Vaccination report Assam 1896-1927 - 1896-1927
Year: 1896
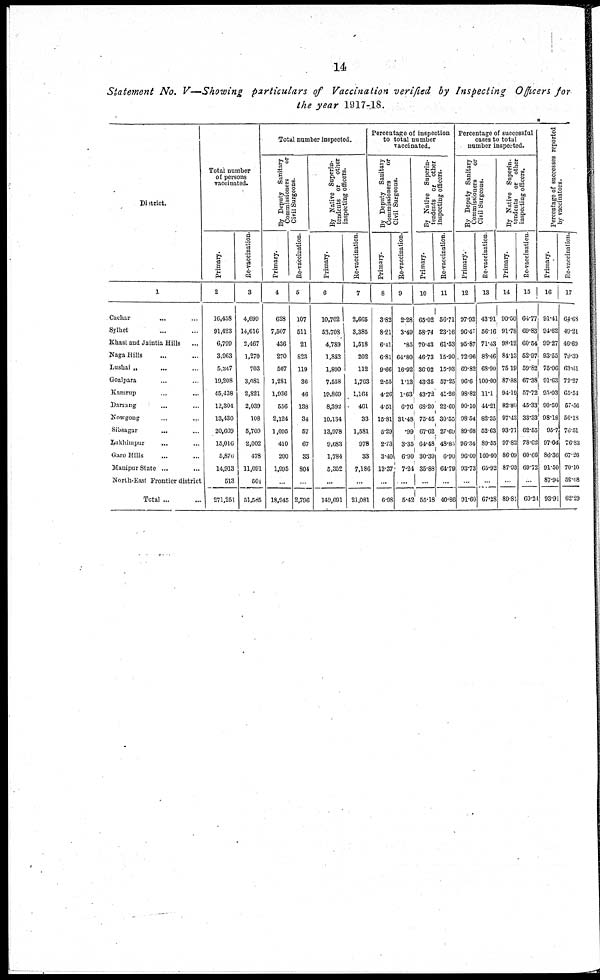
14
Statement No. V—Showing particulars of Vaccination verified by Inspecting Officers for
the year 1917-18.
District.
1
Cachar ... ...
Sylhet ... ...
Khasi and Jaintia Hills ...
Naga Hills ... ...
Lushai „
... ...
Goalpara ... ...
Kamrup ... ...
Darrang ... ...
Nowgong ... ...
Sibsagar
... ...
Lakhimpur ... ...
Garo Hills ... ...
Manipur State ... ...
North-East Frontier district
Total ... ...
Total number
of persons
vaccinated.
Primary.
2
16,458
91,423
6,799
3,963
5,247
19,208
45,438
12,304
13,430
20,669
15,016
5,870
14,913
513
271,251
Re-vaccination.
3
4,699
14,616
2,467
1,270
703
3,081
2,821
2,039
108
5,709
2,002
478
11,091
501
51,585
Total number inspected.
By Deputy Sanitary
Commissioners
or
Civil Surgeons.
Primary.
4
628
7,507
436
270
507
1,281
1,936
556
2,124
1,095
410
200
1,995
...
18,945
Re-vaccination.
5
107
511
21
823
119
36
46
138
34
57
67
33
804
...
2,796
By Native Superin¬
tendents or
other
inspecting officers.
Primary.
6
10,702
53,708
4,789
1,852
1,890
7,558
19,869
8,392
10,134
13,978
9,683
1,784
5,352
...
149,691
Re-vaccination.
7
2,665
3,385
1,518
202
112
1,763
1,164
461
33
1,581
978
33
7,186
...
21,081
Percentage of inspection
to total number
vaccinated.
By Deputy Sanitary
Commissioners
or
Civil Surgeons.
Primary.
8
3.82
8.21
6.4l
6.81
9.66
2.55
4.26
4.51
15.81
5.29
2.73
3.40
13.37
...
6.98
Re-vaccination.
9
2.28
3.49
.85
64.80
16.92
1.13
1.63
6.76
31.48
.99
3.35
6.90
7.24
...
5.42
By Native Superin-
tendents or other
inspecting officers.
Primary.
10
65.02
58.74
70.43
46.73
36.02
43.35
43.72
68.20
75.45
67.62
64.48
30.39
35.88
...
55.18
Re-vaccination.
11
56.71
23.16
61.53
15.90
15.93
57.25
41.26
22.60
30.55
27.69
48.83
6.90
64.79
...
40.86
Percentage of successful
cases to total
number inspected.
By Deputy Sanitary
Commissioners
or
Civil Surgeons.
Primary.
12
97.93
96.47
95.87
72.96
69.82
96.6
98.82
90.10
98.54
89.68
96.34
96.00
93.73
...
91.60
Re-vaccination.
13
43.91
56.16
71.43
83.46
68.90
100.00
11.1
44.21
82.35
52.63
89.55
100.00
65.92
...
67.28
By Native Superin-
tendents
or other
inspecting officers.
Primary.
14
90.50
91.78
98.12
84.13
75.19
87.88
94.19
82.80
97.43
93.71
97.82
86.09
87.93
...
89.81
Re-vaccination.
15
64.77
69.83
60.54
52.97
59.82
67.38
57.72
45.33
33.33
62.55
78.62
60.66
69.72
...
60.21
Percentage of successes reported
by vaccinators.
Primary.
16
91.41
94.62
99.27
93.55
75.06
91.63
95.03
90.50
98.18
95.7
97.04
86.36
91.50
87.94
93.91
Re-vaccination.
17
64.68
49.21
46.69
79.39
63.61
72.27
65.54
57.56
56.18
76.51
76.83
67.26
70.10
58.68
62.29